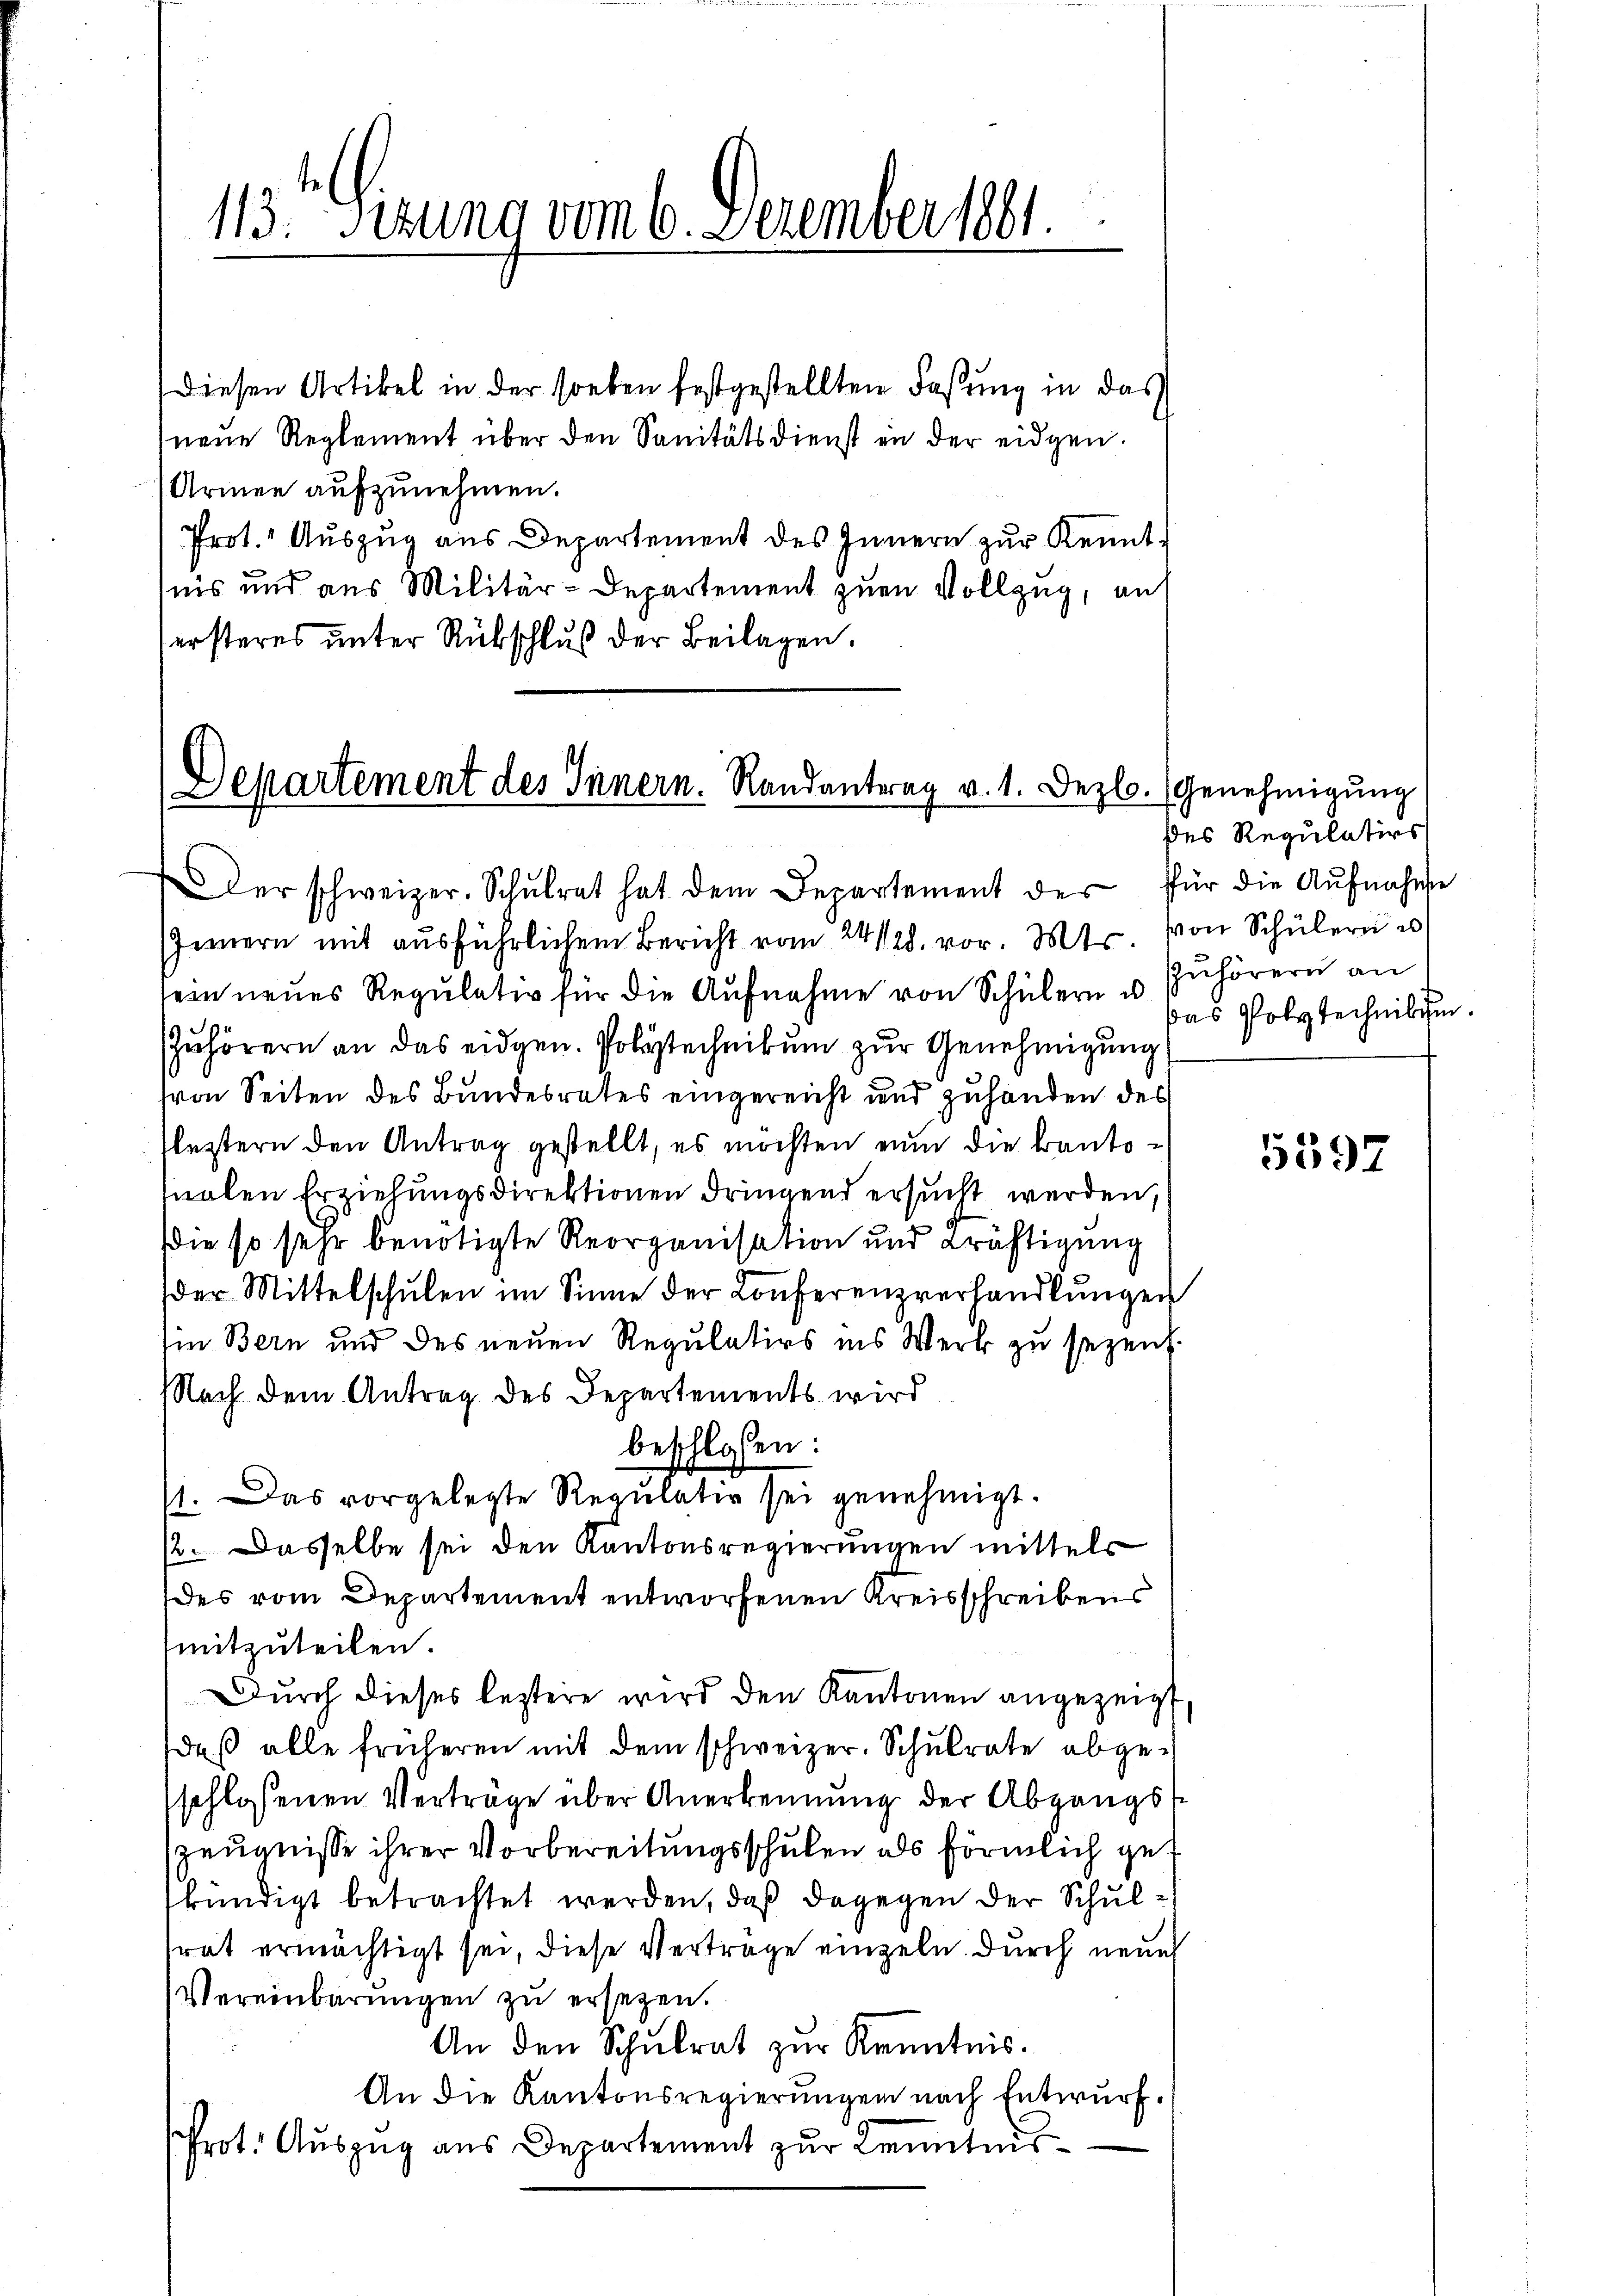
113 Sizung vom 6. Dezember 1881.

Diesen Artikel in der soeben festgestellten Faßung in das
neue Reglement über den Sanitätsdienst in der eidgen.
Armen aufzunehmen.
Prot. Auszug aus Departement des Innern zur Kenntnis und aus Militär-Departement zum Vollzug, auf
ersteres unter Rübschluß der Beilagen.

Departement des Innern. Randantrag v. 1. Dezb. (Genehmigung

der schweizer. Schulrat hat dem Departement der
Innern mit ausführlichem Bericht vom 24/128. vor. Mts. von Schülern u
sein neues Regulativ für die Aŭfnahme von Schülern u Zuhörern an
Zuhörern an das eidgen. Polytechnikum zur Genehmigung
von Seiten des Bundesrates eingereicht und zuhanden des
lestern den Antrag gestellt, es möchten nun die kantotualen Erziehungsdirektionen dringend ersucht werden,
die so sehr benötigte Reorganisation und Kräftigung
der Mittelschŭlen im Sinne der Conferenzverhandlŭngen
in Bern und des neuen Regulativs ins Werk zu sezens.
Nach dem Antrag des Departements wird
beschlossen:
11. Das vorgelegte Regulativ sei genehmigt.
2. Dasselbe sei den Kantonsregierungen mittels
des vom Departement entworfenen Kreisschreibens
mitzuteilen.
Durch dieses leztere wird den Kantonen angezeigt
daß alle früheren mit dem schweizer. Schulrate abgeschlossenen Verträge über Anerkennung der Abgangst
Zeugnisse ihrer Vorbereitungsschulen als förmlich gef
kündigt betrachtet werden, daß dagegen der Schulsrat ermächtigt sei, diese Verträge einzeln. Durch neue
Vereinbarungen zu ersetzen.
An den Schŭlrat zŭr Kenntnis.
An die Kantonsregierungen nach Entwurf.
Prot. Auszug aus Departement zur Kenntnis¬

des Regulativs
für die Aufnahme
Das Polytechnikum.

5597